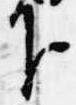
下